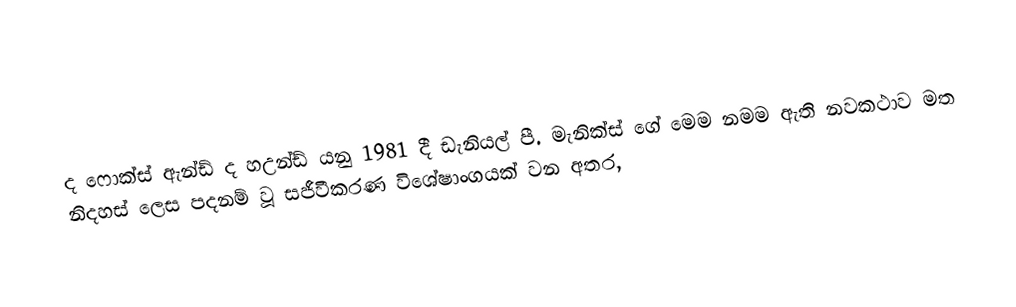
ද ෆොක්ස් ඇන්ඩ් ද හඋන්ඩ් යනු 1981 දී ඩැනියල් පී. මැනික්ස් ගේ මෙම නමම ඇති නවකථාව මත නිදහස් ලෙස පදනම් වූ සජීවීකරණ විශේෂාංගයක් වන අතර,